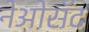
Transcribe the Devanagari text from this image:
नेओसॅट